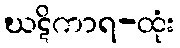
ဃဋိကာရ-ထုံး